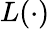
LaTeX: L(\cdot)